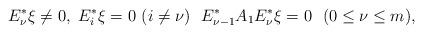
LaTeX: \begin{align*}E^*_\nu\xi\neq 0,\ E^*_i\xi=0\ (i\neq \nu)\ \ E^*_{\nu-1}A_1E^*_\nu\xi=0 \ \ (0\leq \nu\leq m),\end{align*}